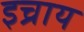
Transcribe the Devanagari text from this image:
इच्राय